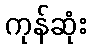
ကုန်ဆုံး